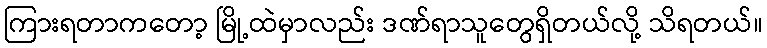
ကြားရတာကတော့ မြို့ထဲမှာလည်း ဒဏ်ရာသူတွေရှိတယ်လို့ သိရတယ်။